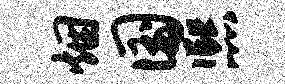
烟国熙